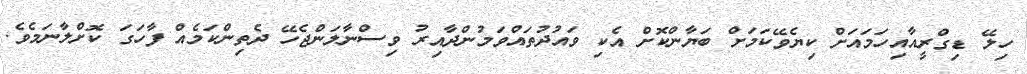
ހިލޭ ޑިގްރީއާއިހަމައަށް ކިޔެވޭކަމަށް ބަޔާންކޮށް އެކި ވައުދުތައްވަމުންދާއިރު ވިސްނާލަންޖެހޭ ދެތިންކަމެއް ފާހަގަ ކޮށްލާނަމެވެ.